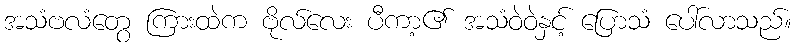
အသံဗလံတွေ ကြားထဲက ဗိုလ်လေး ပီကာ့၏ အသံဝဲဝဲနှင့် ပြောသံ ပေါ်လာသည်။